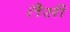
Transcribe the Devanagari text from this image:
तैसीं